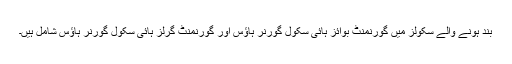
بند ہونے والے سکولز میں گورنمنٹ بوائز ہائی سکول گورنر ہاؤس اور گورنمنٹ گرلز ہائی سکول گورنر ہاؤس شامل ہیں۔